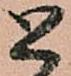
と